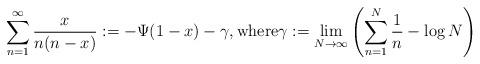
LaTeX: \begin{align*} \sum_{n=1}^{\infty} \frac{x}{n(n-x)} := -\Psi(1-x) - \gamma, \textmd{where} \gamma := \lim_{N\rightarrow\infty} \left(\sum_{n=1}^{N}\frac{1}{n} - \log N \right)\end{align*}